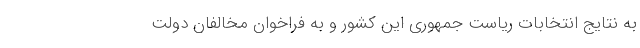
به نتایج انتخابات ریاست جمهوری این کشور و به فراخوان مخالفان دولت